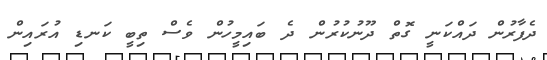
ދެފާރުން ދައްކަނީ ގޮތް ދޫނުކުރުން ދެ ބައިމީހުން ވެސް ތިބީ ކަނޑި އުރައިން